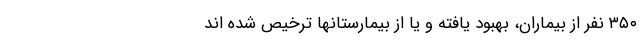
۳۵۰ نفر از بیماران، بهبود یافته و یا از بیمارستانها ترخیص شده اند